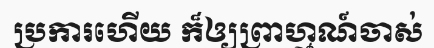
ប្រការហើយ ក៏ឲ្យព្រាហ្មណ៍ចាស់